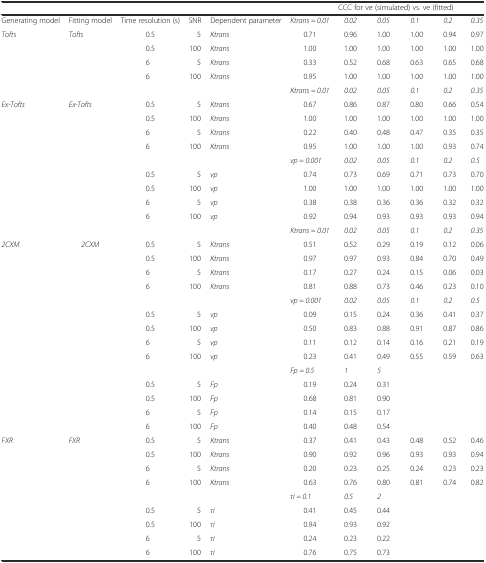
<table><thead><tr><td></td><td></td><td></td><td></td><td></td><td></td><td colspan="4"><b>CCC for ve (simulated) vs. ve (fitted)</b></td><td></td></tr></thead><tbody><tr><td>Generating model</td><td>Fitting model</td><td>Time resolution (s)</td><td>SNR</td><td>Dependent parameter</td><td><i>Ktrans = 0.01</i></td><td><i>0.02</i></td><td><i>0.05</i></td><td><i>0.1</i></td><td><i>0.2</i></td><td><i>0.35</i></td></tr><tr><td><i>Tofts</i></td><td><i>Tofts</i></td><td>0.5</td><td>5</td><td><i>Ktrans</i></td><td>0.71</td><td>0.96</td><td>1.00</td><td>1.00</td><td>0.94</td><td>0.97</td></tr><tr><td></td><td></td><td>0.5</td><td>100</td><td><i>Ktrans</i></td><td>1.00</td><td>1.00</td><td>1.00</td><td>1.00</td><td>1.00</td><td>1.00</td></tr><tr><td></td><td></td><td>6</td><td>5</td><td><i>Ktrans</i></td><td>0.33</td><td>0.52</td><td>0.68</td><td>0.63</td><td>0.65</td><td>0.68</td></tr><tr><td></td><td></td><td>6</td><td>100</td><td><i>Ktrans</i></td><td>0.95</td><td>1.00</td><td>1.00</td><td>1.00</td><td>1.00</td><td>1.00</td></tr><tr><td></td><td></td><td></td><td></td><td></td><td><i>Ktrans = 0.01</i></td><td><i>0.02</i></td><td><i>0.05</i></td><td><i>0.1</i></td><td><i>0.2</i></td><td><i>0.35</i></td></tr><tr><td><i>Ex-Tofts</i></td><td><i>Ex-Tofts</i></td><td>0.5</td><td>5</td><td><i>Ktrans</i></td><td>0.67</td><td>0.86</td><td>0.87</td><td>0.80</td><td>0.66</td><td>0.54</td></tr><tr><td></td><td></td><td>0.5</td><td>100</td><td><i>Ktrans</i></td><td>1.00</td><td>1.00</td><td>1.00</td><td>1.00</td><td>1.00</td><td>1.00</td></tr><tr><td></td><td></td><td>6</td><td>5</td><td><i>Ktrans</i></td><td>0.22</td><td>0.40</td><td>0.48</td><td>0.47</td><td>0.35</td><td>0.35</td></tr><tr><td></td><td></td><td>6</td><td>100</td><td><i>Ktrans</i></td><td>0.95</td><td>1.00</td><td>1.00</td><td>1.00</td><td>0.93</td><td>0.74</td></tr><tr><td></td><td></td><td></td><td></td><td></td><td><i>vp = 0.001</i></td><td><i>0.02</i></td><td><i>0.05</i></td><td><i>0.1</i></td><td><i>0.2</i></td><td><i>0.5</i></td></tr><tr><td></td><td></td><td>0.5</td><td>5</td><td><i>vp</i></td><td>0.74</td><td>0.73</td><td>0.69</td><td>0.71</td><td>0.73</td><td>0.70</td></tr><tr><td></td><td></td><td>0.5</td><td>100</td><td><i>vp</i></td><td>1.00</td><td>1.00</td><td>1.00</td><td>1.00</td><td>1.00</td><td>1.00</td></tr><tr><td></td><td></td><td>6</td><td>5</td><td><i>vp</i></td><td>0.38</td><td>0.38</td><td>0.36</td><td>0.36</td><td>0.32</td><td>0.32</td></tr><tr><td></td><td></td><td>6</td><td>100</td><td><i>vp</i></td><td>0.92</td><td>0.94</td><td>0.93</td><td>0.93</td><td>0.93</td><td>0.94</td></tr><tr><td></td><td></td><td></td><td></td><td></td><td><i>Ktrans = 0.01</i></td><td><i>0.02</i></td><td><i>0.05</i></td><td><i>0.1</i></td><td><i>0.2</i></td><td><i>0.35</i></td></tr><tr><td><i>2CXM</i></td><td><i>2CXM</i></td><td>0.5</td><td>5</td><td><i>Ktrans</i></td><td>0.51</td><td>0.52</td><td>0.29</td><td>0.19</td><td>0.12</td><td>0.06</td></tr><tr><td></td><td></td><td>0.5</td><td>100</td><td><i>Ktrans</i></td><td>0.97</td><td>0.97</td><td>0.93</td><td>0.84</td><td>0.70</td><td>0.49</td></tr><tr><td></td><td></td><td>6</td><td>5</td><td><i>Ktrans</i></td><td>0.17</td><td>0.27</td><td>0.24</td><td>0.15</td><td>0.06</td><td>0.03</td></tr><tr><td></td><td></td><td>6</td><td>100</td><td><i>Ktrans</i></td><td>0.81</td><td>0.88</td><td>0.73</td><td>0.46</td><td>0.23</td><td>0.10</td></tr><tr><td></td><td></td><td></td><td></td><td></td><td><i>vp = 0.001</i></td><td><i>0.02</i></td><td><i>0.05</i></td><td><i>0.1</i></td><td><i>0.2</i></td><td><i>0.5</i></td></tr><tr><td></td><td></td><td>0.5</td><td>5</td><td><i>vp</i></td><td>0.09</td><td>0.15</td><td>0.24</td><td>0.36</td><td>0.41</td><td>0.37</td></tr><tr><td></td><td></td><td>0.5</td><td>100</td><td><i>vp</i></td><td>0.50</td><td>0.83</td><td>0.88</td><td>0.91</td><td>0.87</td><td>0.86</td></tr><tr><td></td><td></td><td>6</td><td>5</td><td><i>vp</i></td><td>0.11</td><td>0.12</td><td>0.14</td><td>0.16</td><td>0.21</td><td>0.19</td></tr><tr><td></td><td></td><td>6</td><td>100</td><td><i>vp</i></td><td>0.23</td><td>0.41</td><td>0.49</td><td>0.55</td><td>0.59</td><td>0.63</td></tr><tr><td></td><td></td><td></td><td></td><td></td><td><i>Fp = 0.5</i></td><td><i>1</i></td><td><i>5</i></td><td></td><td></td><td></td></tr><tr><td></td><td></td><td>0.5</td><td>5</td><td><i>Fp</i></td><td>0.19</td><td>0.24</td><td>0.31</td><td></td><td></td><td></td></tr><tr><td></td><td></td><td>0.5</td><td>100</td><td><i>Fp</i></td><td>0.68</td><td>0.81</td><td>0.90</td><td></td><td></td><td></td></tr><tr><td></td><td></td><td>6</td><td>5</td><td><i>Fp</i></td><td>0.14</td><td>0.15</td><td>0.17</td><td></td><td></td><td></td></tr><tr><td></td><td></td><td>6</td><td>100</td><td><i>Fp</i></td><td>0.40</td><td>0.48</td><td>0.54</td><td></td><td></td><td></td></tr><tr><td><i>FXR</i></td><td><i>FXR</i></td><td>0.5</td><td>5</td><td><i>Ktrans</i></td><td>0.37</td><td>0.41</td><td>0.43</td><td>0.48</td><td>0.52</td><td>0.46</td></tr><tr><td></td><td></td><td>0.5</td><td>100</td><td><i>Ktrans</i></td><td>0.90</td><td>0.92</td><td>0.96</td><td>0.93</td><td>0.93</td><td>0.94</td></tr><tr><td></td><td></td><td>6</td><td>5</td><td><i>Ktrans</i></td><td>0.20</td><td>0.23</td><td>0.25</td><td>0.24</td><td>0.23</td><td>0.23</td></tr><tr><td></td><td></td><td>6</td><td>100</td><td><i>Ktrans</i></td><td>0.63</td><td>0.76</td><td>0.80</td><td>0.81</td><td>0.74</td><td>0.82</td></tr><tr><td></td><td></td><td></td><td></td><td></td><td><i>τi = 0.1</i></td><td><i>0.5</i></td><td><i>2</i></td><td></td><td></td><td></td></tr><tr><td></td><td></td><td>0.5</td><td>5</td><td><i>τi</i></td><td>0.41</td><td>0.45</td><td>0.44</td><td></td><td></td><td></td></tr><tr><td></td><td></td><td>0.5</td><td>100</td><td><i>τi</i></td><td>0.94</td><td>0.93</td><td>0.92</td><td></td><td></td><td></td></tr><tr><td></td><td></td><td>6</td><td>5</td><td><i>τi</i></td><td>0.24</td><td>0.23</td><td>0.22</td><td></td><td></td><td></td></tr><tr><td></td><td></td><td>6</td><td>100</td><td><i>τi</i></td><td>0.76</td><td>0.75</td><td>0.73</td><td></td><td></td><td></td></tr></tbody></table>